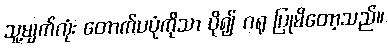
သူ့မျက်လုံး တောက်ပပုံကိုသာ ပို၍ ဂရု ပြုမိတော့သည်။